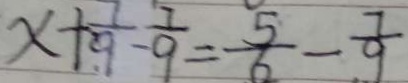
x + \frac { 7 } { 9 } - \frac { 7 } { 9 } = \frac { 5 } { 6 } - \frac { 7 } { 9 }